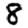
Digit: 8